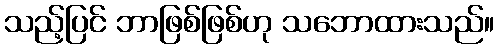
သည့်ပြင် ဘာဖြစ်ဖြစ်ဟု သဘောထားသည်။